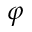
\varphi